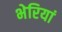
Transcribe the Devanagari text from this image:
भेरियां